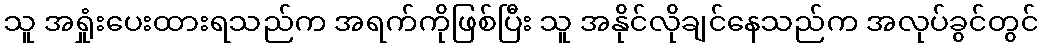
သူ အရှုံးပေးထားရသည်က အရက်ကိုဖြစ်ပြီး သူ အနိုင်လိုချင်နေသည်က အလုပ်ခွင်တွင်